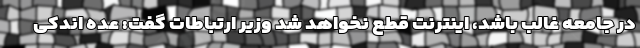
در جامعه غالب باشد، اینترنت قطع نخواهد شد وزیر ارتباطات گفت: عده اندکی